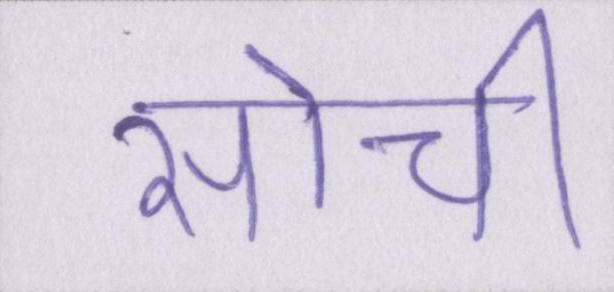
सोची